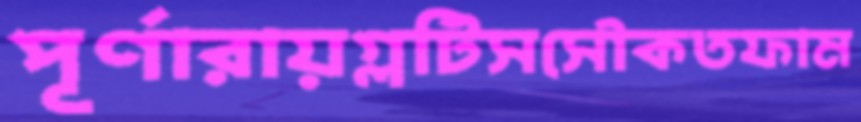
পূর্ণারায়গ্লটিসসৌকতফাম